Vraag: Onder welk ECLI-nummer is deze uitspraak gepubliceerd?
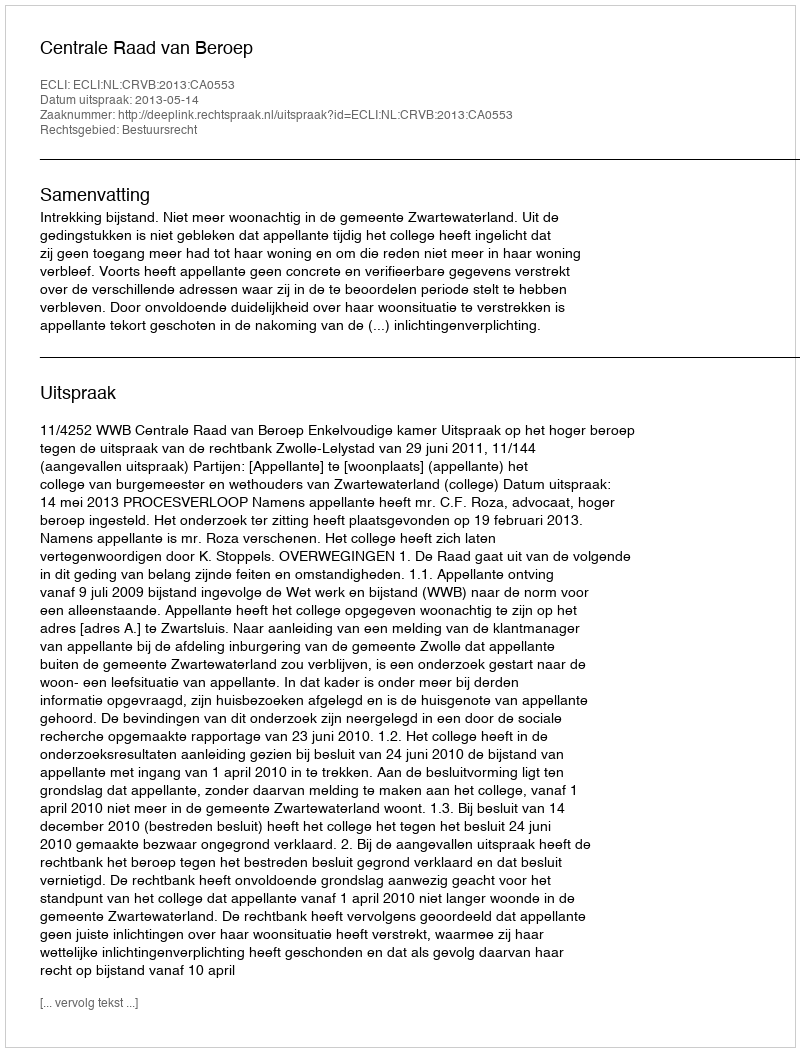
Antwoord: ECLI:NL:CRVB:2013:CA0553